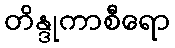
တိန္ဒုကာစီရော